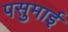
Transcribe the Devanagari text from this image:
पसुमाई